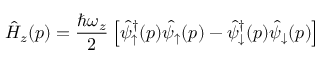
\hat { H } _ { z } ( p ) = \frac { \hbar \omega _ { z } } { 2 } \left[ \hat { \psi } _ { \uparrow } ^ { \dagger } ( p ) \hat { \psi } _ { \uparrow } ( p ) - \hat { \psi } _ { \downarrow } ^ { \dagger } ( p ) \hat { \psi } _ { \downarrow } ( p ) \right]